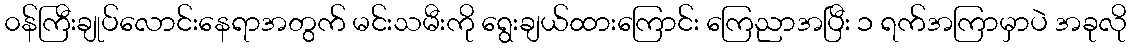
၀န်ကြီးချုပ်လောင်းနေရာအတွက် မင်းသမီးကို ရွေးချယ်ထားကြောင်း ကြေညာအပြီး ၁ ရက်အကြာမှာပဲ အခုလို